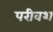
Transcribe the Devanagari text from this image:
परीवश